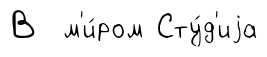
В м'и́ром Сту́д'иjа